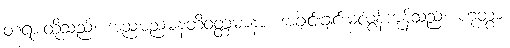
တရားတို့သည်။ အညမညမနတိဝတ္တမာနာ၊ အချင်းချင်းမလွန်ကုန်သည်။ ဟုတွာ၊